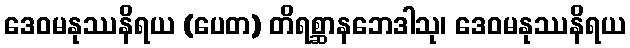
ဒေဝမနုဿနိရယ (ပေတ) တိရစ္ဆာနဘေဒါသု၊ ဒေဝမနုဿနိရယ